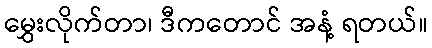
မွှေးလိုက်တာ၊ ဒီကတောင် အနံ့ ရတယ်။